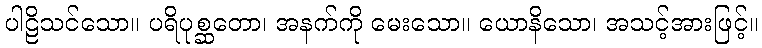
ပါဠိသင်သော။ ပရိပုစ္ဆတော၊ အနက်ကို မေးသော။ ယောနိသော၊ အသင့်အားဖြင့်။